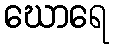
ဃောရေ